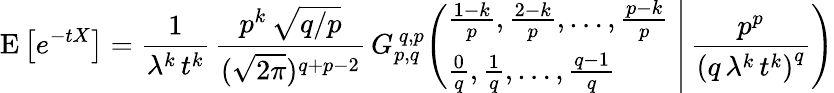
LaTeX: \operatorname{E}\left[e^{-tX}\right]={\frac{1}{\lambda^{k}\, t^{k}}}\, {\frac{p^{k}\, {\sqrt{q/p}}}{({\sqrt{2\pi}})^{q+p-2}}}\, G_{p,q}^{\, q,p}\! \left(\left.{\begin{array}{l}{{\frac{1-k}{p}},{\frac{2-k}{p}},\dots,{\frac{p-k}{p}}}\\ {{\frac{0}{q}},{\frac{1}{q}},\dots,{\frac{q-1}{q}}}\end{array}}\; \right|\, {\frac{p^{p}}{\left(q\, \lambda^{k}\, t^{k}\right)^{q}}}\right)